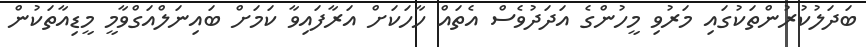
ބަދަލުކުރުންތަކުގައި މަރުވި މީހުންގެ އަދަދުވެސް އެތައް ހާހަކަށް އަރާފައިވާ ކަމަށް ބައިނަލްއަގްވާމީ މީޑިއާތަކުން